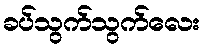
ခပ်သွက်သွက်လေး